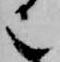
也